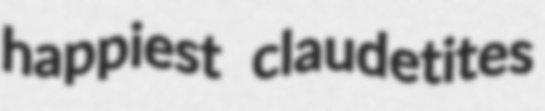
happiest claudetites